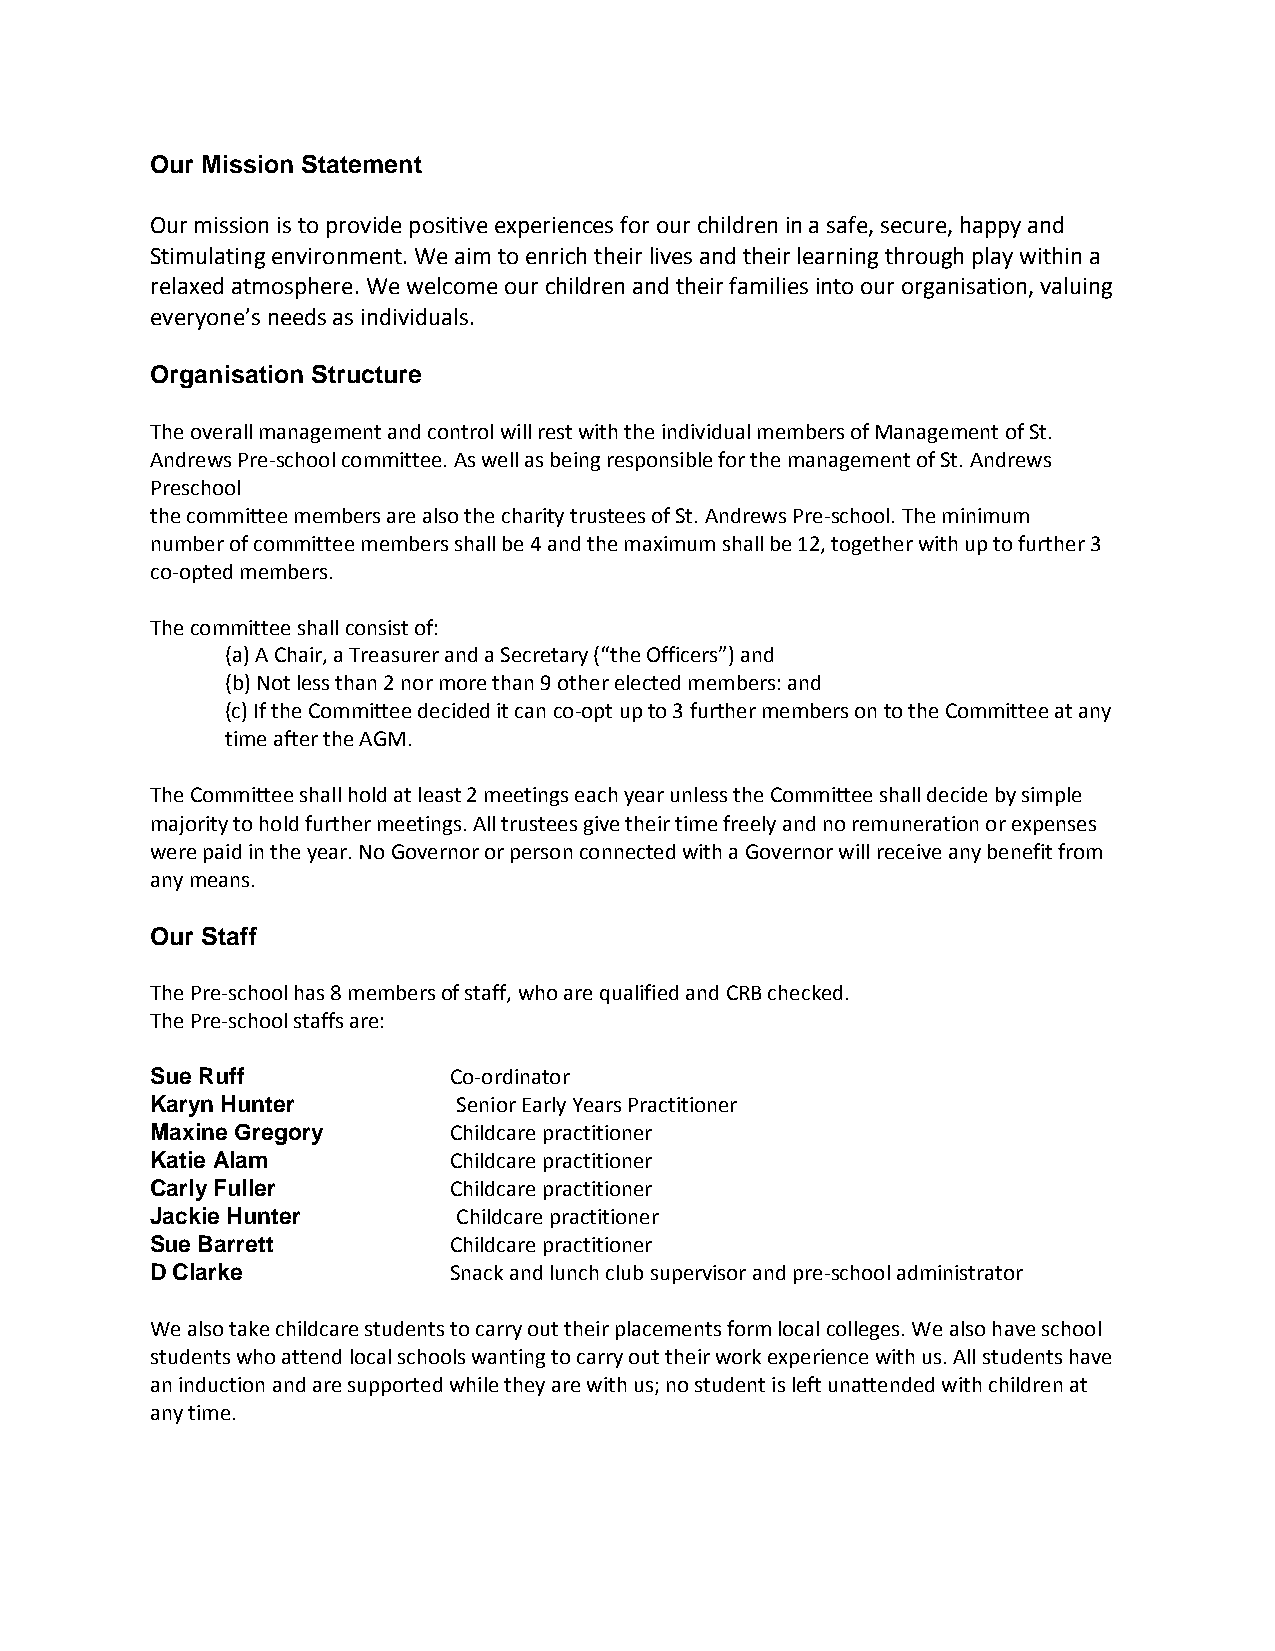
Our Mission Statement
 Our mission is to provide positive experiences for our children in a safe, secure, happy and
 Stimulatingenvironment. We aim to enrich their lives and their learning through play within a
 relaxed atmosphere. We welcome our children and their families into our organisation, valuing
 everyone’s needs as individuals.
 Organisation Structure
 The overall management and control will rest with the individual members of Management of St.
 Andrews Pre-school committee. As well as being responsible for the management of St. Andrews
 Preschool
 the committee members are also the charity trustees of St. Andrews Pre-school. The minimum
 numberof committee members shall be 4and the maximum shall be 12, together with up to further 3
 co-opted members.
 The committee shall consist of:
 (a) A Chair, a Treasurer and a Secretary (“the Officers”) and
 (b) Not less than 2 nor more than 9 other elected members: and
 (c) If the Committee decided it can co-opt up to 3 further members on to the Committee at any
 time after the AGM.
 The Committee shall hold at least 2 meetings each year unless the Committee shall decide by simple
 majority to hold further meetings. All trustees give their time freely and no remuneration or expenses
 were paid in the year. No Governor or person connected with a Governor will receive any benefit from
 any means.
 Our Staff
 The Pre-school has 8 membersof staff, who are qualified and CRB checked.
 The Pre-school staffs are:
 Sue Ruff            Co-ordinator
 Karyn Hunter        Senior Early Years Practitioner
 Maxine Gregory      Childcare practitioner
 Katie Alam          Childcare practitioner
 Carly Fuller        Childcarepractitioner
 Jackie Hunter       Childcare practitioner
 Sue Barrett         Childcare practitioner
 D Clarke            Snack and lunch club supervisor and pre-school administrator
 We also take childcare students to carry out their placements form local colleges. We also have school
 students who attend local schools wanting to carry out their work experience with us. All students have
 an induction and are supported while they are with us; no student is left unattended with children at
 any time.